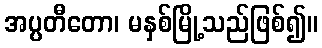
အပ္ပတီတော၊ မနှစ်မြို့သည်ဖြစ်၍။